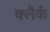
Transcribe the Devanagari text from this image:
क्लैर्क